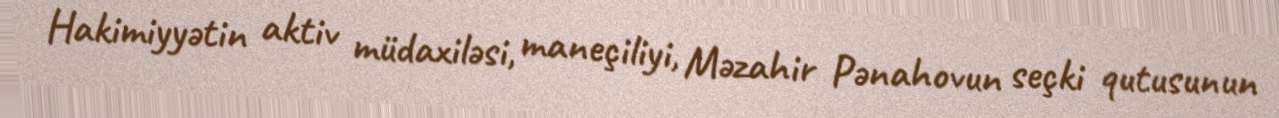
Hakimiyyətin aktiv müdaxiləsi, maneçiliyi, Məzahir Pənahovun seçki qutusunun